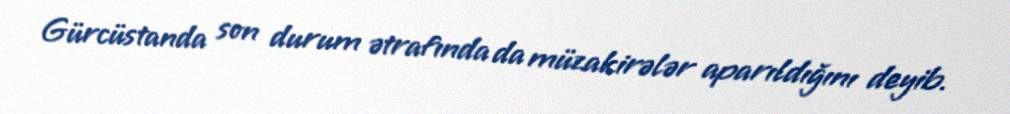
Gürcüstanda son durum ətrafında da müzakirələr aparıldığını deyib.